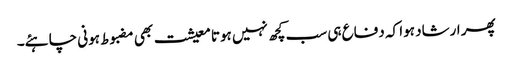
پھر ارشاد ہوا کہ دفاع ہی سب کچھ نہیں ہوتا معیشت بھی مضبوط ہونی چاہئے۔